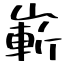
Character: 嶄